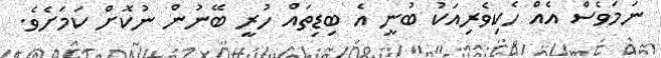
ނަމަވެސް އެއް ހެކިވެރިއަކު ބުނީ އެ ބިޑިތައް ހުރީ ބޭނުން ނުކޮށް ކަމަށެވެ.